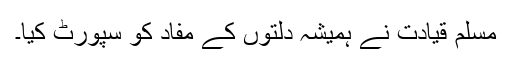
مسلم قیادت نے ہمیشہ دلتوں کے مفاد کو سپورٹ کیا۔